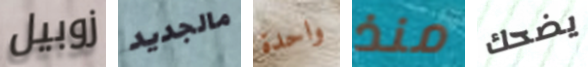
زوبيل مالجديد واحدة منذ يضحك